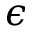
\epsilon